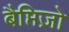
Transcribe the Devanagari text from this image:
बैप्तिज़ो